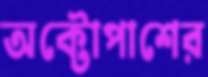
অক্টোপাশের